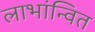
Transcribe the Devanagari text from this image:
लाभांन्वित